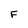
Character: F